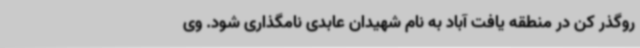
روگذر کن در منطقه یافت آباد به نام شهیدان عابدی نامگذاری شود. وی